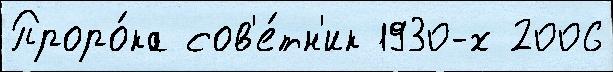
Проро́ка сов'е́тн'ик 1930-х 2006